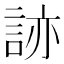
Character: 𧧩